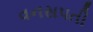
વનસપતી